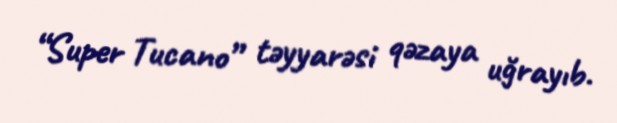
“Super Tucano” təyyarəsi qəzaya uğrayıb.